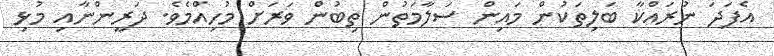
އެފަދަ ނުރައްކާ ބަލިތަކުން މައިން ސަލާމަތުން ތިބުން ވަރަށް މުހިއްމެވެ. ދަރީންނާއި މުޅި